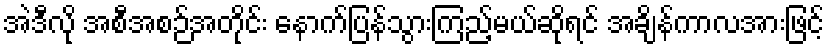
အဲဒီလို အစီအစဉ်အတိုင်း နောက်ပြန်သွားကြည့်မယ်ဆိုရင် အချိန်ကာလအားဖြင့်